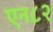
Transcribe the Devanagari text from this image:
एन८२